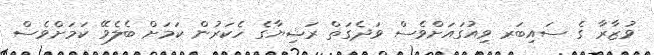
ވުޒާރާ ގެ ސައިބަރ ވިއުގައަށްވެސް ވަދެގަތް ރަޝިޔާގެ ހެކަރުން ކަމަށް ބެލެވޭ ކަމަށްވެސް